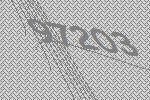
97203